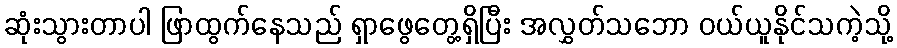
ဆုံးသွားတာပါ ဖြာထွက်နေသည် ရှာဖွေတွေ့ရှိပြီး အလွှတ်သဘော ဝယ်ယူနိုင်သကဲ့သို့